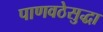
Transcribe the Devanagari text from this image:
पाणवठेसुद्धा